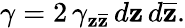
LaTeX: \gamma=2\, \gamma_{\mathbf{z}\overline{{{{\mathbf{z}}}}}}\, d\mathbf{z}\, d\overline{{{{\mathbf{z}}}}}.